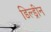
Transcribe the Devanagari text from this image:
डिल्ड्रीन